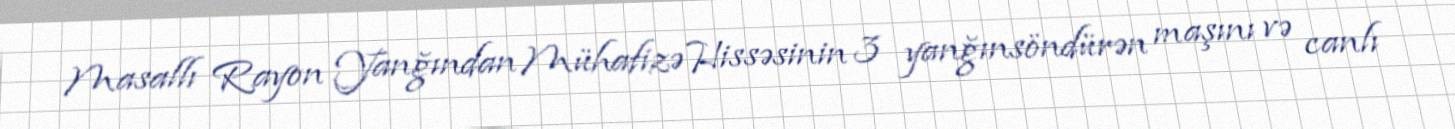
Masallı Rayon Yanğından Mühafizə Hissəsinin 3 yanğınsöndürən maşını və canlı